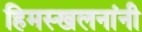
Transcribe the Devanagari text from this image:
हिमस्खलनांनी